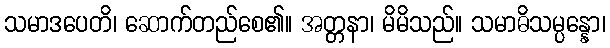
သမာဒပေတိ၊ ဆောက်တည်စေ၏။ အတ္တနာ၊ မိမိသည်။ သမာဓိသမ္ပန္နော၊